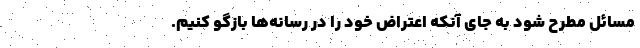
مسائل مطرح شود به جای آنکه اعتراض خود را در رسانه‌ها بازگو کنیم.